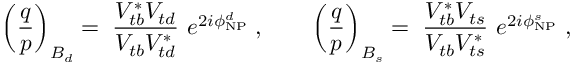
\left( \frac { q } { p } \right) _ { B _ { d } } = \; \frac { V _ { t b } ^ { * } V _ { t d } } { V _ { t b } V _ { t d } ^ { * } } ~ e ^ { 2 i \phi _ { \mathrm { N P } } ^ { d } } \; , ~ ~ ~ ~ ~ ~ \left( \frac { q } { p } \right) _ { B _ { s } } = \; \frac { V _ { t b } ^ { * } V _ { t s } } { V _ { t b } V _ { t s } ^ { * } } ~ e ^ { 2 i \phi _ { \mathrm { N P } } ^ { s } } \; ,